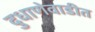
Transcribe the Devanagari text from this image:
दुधाणेवाडीत